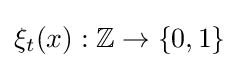
\xi _{t}(x):\mathbb {Z} \to \{0,1\}